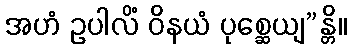
အဟံ ဥပါလိံ ဝိနယံ ပုစ္ဆေယျ”န္တိ။